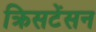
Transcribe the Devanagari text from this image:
क्रिसटेंसन